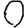
Digit: 0